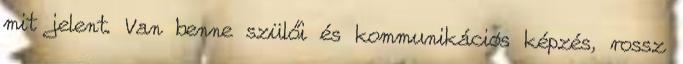
mit jelent. Van benne szülői és kommunikációs képzés, rossz